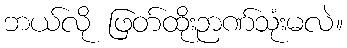
ဘယ်လို ဖြတ်ထိုးဉာဏ်သုံးမလဲ။